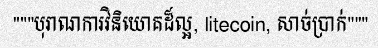
"""បុរាណការវិនិយោគដ៏ល្អ, litecoin, សាច់ប្រាក់"""